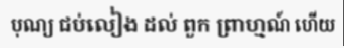
បុណ្យ ជប់លៀង ដល់ ពួក ព្រាហ្មណ៍ ហើយ